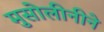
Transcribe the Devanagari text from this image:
मुसोलीनीने